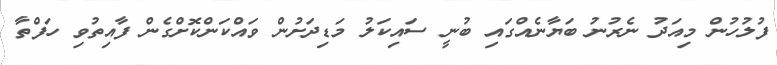
ފުލުހުން މިއަދު ނެރުނު ބަޔާނެއްގައި ބުނީ ސައިކަލު މަޑިދަށުން ވައްކަންކޮށްގެން ފާއިތުވި ހަފްތާ